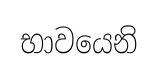
භාවයෙනි